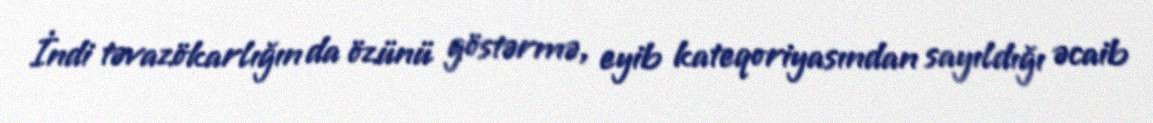
İndi təvazökarlığın da özünü göstərmə, eyib kateqoriyasından sayıldığı əcaib